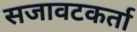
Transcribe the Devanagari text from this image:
सजावटकर्ता